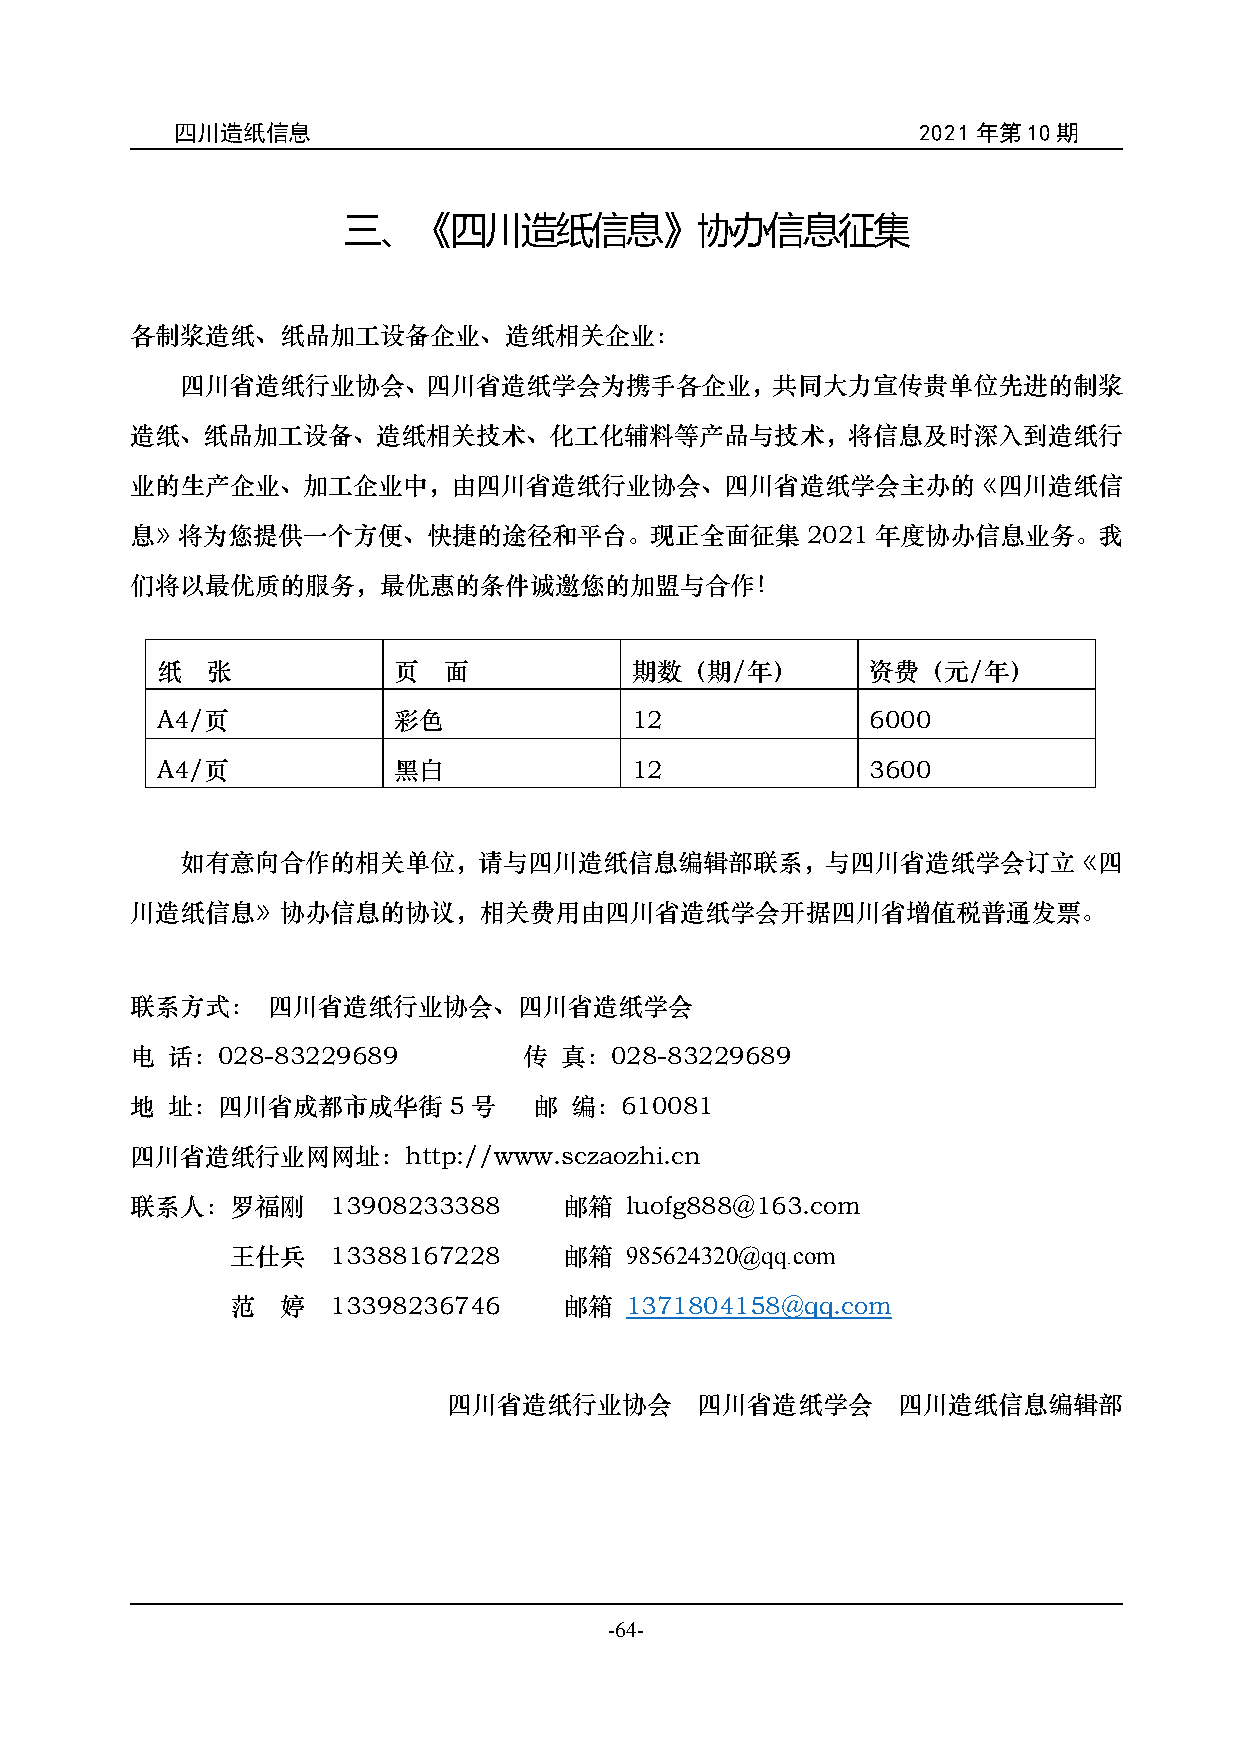
四川造纸信息                                           2021年第10期
 三、《四川造纸信息》协办信息征集
 各制浆造纸、纸品加工设备企业、造纸相关企业：
 四川省造纸行业协会、四川省造纸学会为携手各企业，共同大力宣传贵单位先进的制浆
 造纸、纸品加工设备、造纸相关技术、化工化辅料等产品与技术，将信息及时深入到造纸行
 业的生产企业、加工企业中，由四川省造纸行业协会、四川省造纸学会主办的《四川造纸信
 息》将为您提供一个方便、快捷的途径和平台。现正全面征集2021                  年度协办信息业务。我
 们将以最优质的服务，最优惠的条件诚邀您的加盟与合作！
 纸   张           页  面            期数（期/年）         资费（元/年）
 A4/页            彩色              12              6000
 A4/页            黑白              12              3600
 如有意向合作的相关单位，请与四川造纸信息编辑部联系，与四川省造纸学会订立《四
 川造纸信息》协办信息的协议，相关费用由四川省造纸学会开据四川省增值税普通发票。
 联系方式：    四川省造纸行业协会、四川省造纸学会
 电 话：028-83229689          传 真：028-83229689
 地 址：四川省成都市成华街5号           邮  编：610081
 四川省造纸行业网网址：http://www.sczaozhi.cn
 联系人：罗福刚      13908233388    邮箱  luofg888@163.com
 王仕兵    13388167228    邮箱  985624320@qq.com
 范   婷  13398236746    邮箱  1371804158@qq.com
 四川省造纸行业协会       四川省造纸学会      四川造纸信息编辑部
 -64-